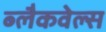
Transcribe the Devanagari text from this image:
ब्‍लैकवेल्‍स